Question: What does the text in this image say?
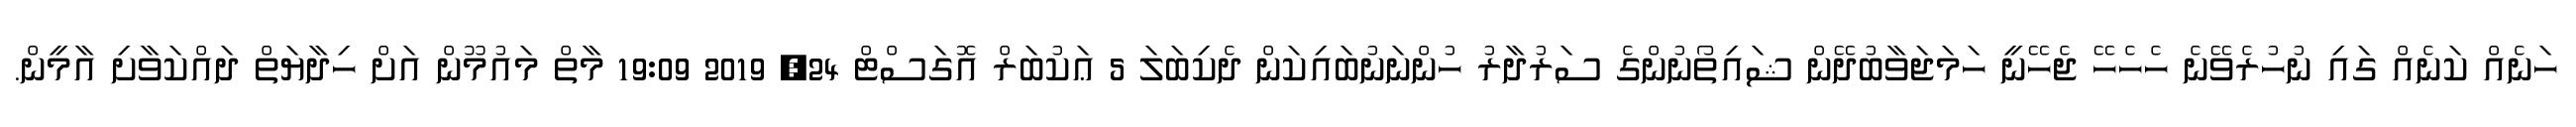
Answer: ހަނެއް ކަނެއް ގައި ނުހުރެވޭނެ ހެހެހޭ ޖެހޭނީ ހަމަޖަވާބުދޭން ޝައިތޯނުންގެ ސަރުދާރު ހުންނަނުބައިކަން ދެކިބަލަ 5 ޢަކުބަރް އޮގަސްޓް 24, 2019 19:09 މާތް މައުމޫން އަށް ހިދާޔަތް ދައްކަވާށި އާމީން.